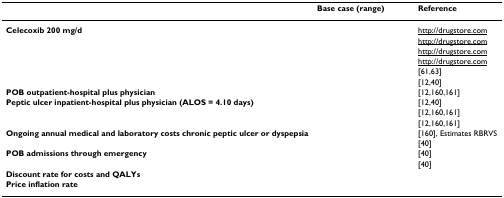
<table><thead><tr><td>[EMPTY_CELL]</td><td><b>Base case (range)</b></td><td><b>Reference</b></td></tr></thead><tbody><tr><td><b>Celecoxib 200 mg/d</b></td><td>[EMPTY_CELL]</td><td>http://drugstore.com</td></tr><tr><td>[EMPTY_CELL]</td><td>[EMPTY_CELL]</td><td>http://drugstore.com</td></tr><tr><td>[EMPTY_CELL]</td><td>[EMPTY_CELL]</td><td>http://drugstore.com</td></tr><tr><td>[EMPTY_CELL]</td><td>[EMPTY_CELL]</td><td>http://drugstore.com</td></tr><tr><td>[EMPTY_CELL]</td><td>[EMPTY_CELL]</td><td>[61,63]</td></tr><tr><td>[EMPTY_CELL]</td><td>[EMPTY_CELL]</td><td>[12,40]</td></tr><tr><td><b>POB outpatient-hospital plus physician</b></td><td>[EMPTY_CELL]</td><td>[12,160,161]</td></tr><tr><td><b>Peptic ulcer inpatient-hospital plus physician (ALOS = 4.10 days)</b></td><td>[EMPTY_CELL]</td><td>[12,40]</td></tr><tr><td>[EMPTY_CELL]</td><td>[EMPTY_CELL]</td><td>[12,160,161]</td></tr><tr><td>[EMPTY_CELL]</td><td>[EMPTY_CELL]</td><td>[12,160,161]</td></tr><tr><td><b>Ongoing annual medical and laboratory costs chronic peptic ulcer or dyspepsia</b></td><td>[EMPTY_CELL]</td><td>[160], Estimates RBRVS</td></tr><tr><td>[EMPTY_CELL]</td><td>[EMPTY_CELL]</td><td>[40]</td></tr><tr><td><b>POB admissions through emergency</b></td><td>[EMPTY_CELL]</td><td>[40]</td></tr><tr><td>[EMPTY_CELL]</td><td>[EMPTY_CELL]</td><td>[40]</td></tr><tr><td><b>Discount rate for costs and QALYs</b></td><td>[EMPTY_CELL]</td><td>[EMPTY_CELL]</td></tr><tr><td><b>Price inflation rate</b></td><td>[EMPTY_CELL]</td><td>[EMPTY_CELL]</td></tr></tbody></table>